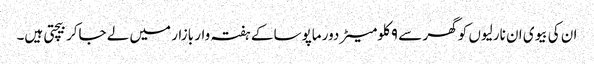
ان کی بیوی ان نارلیوں کو گھر سے ۹ کلومیٹر دور ماپوسا کے ہفتہ وار بازار میں لے جاکر بیچتی ہیں۔